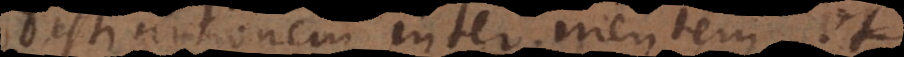
distinctionem inter mentem et